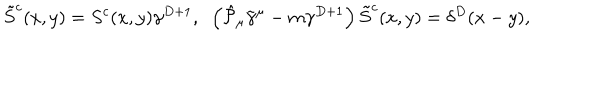
\tilde { S } ^ { c } ( x , y ) = S ^ { c } ( x , y ) \gamma ^ { D + 1 } , \; \; \left( \hat { { \cal P } } _ { \mu } \tilde { \gamma } ^ { \mu } - m \gamma ^ { D + 1 } \right) \tilde { S } ^ { c } ( x , y ) = \delta ^ { D } ( x - y ) ,